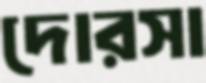
দোরসা